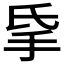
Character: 𰓅